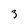
Character: 3